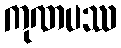
ကုဏပဿ